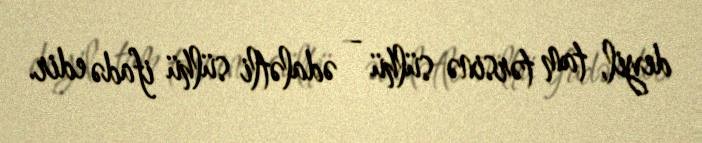
deyil, tam tərsinə sülhü - ədalətli sülhü ifadə edir.